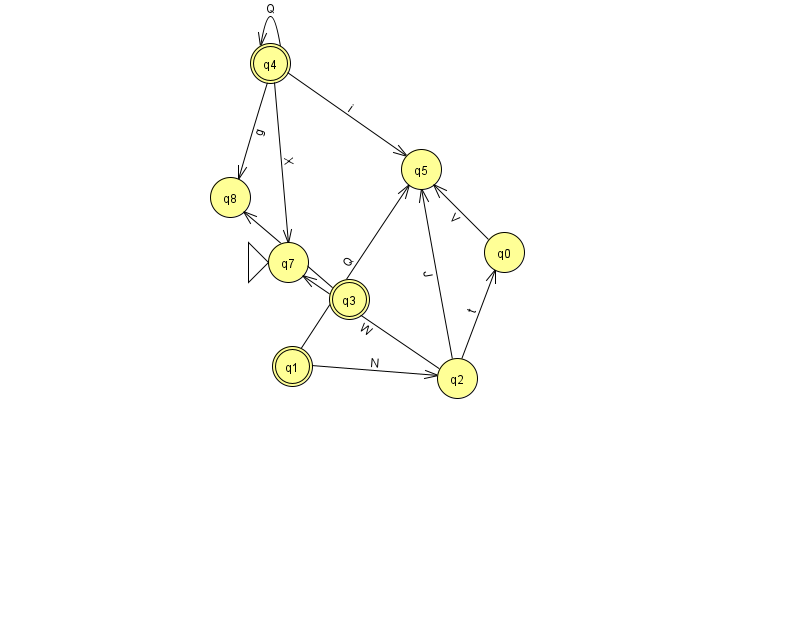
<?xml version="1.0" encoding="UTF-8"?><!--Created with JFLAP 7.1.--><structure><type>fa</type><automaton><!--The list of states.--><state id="0" name="q0"><x>504.0</x><y>239.0</y></state><state id="1" name="q1"><x>292.0</x><y>353.0</y><final/></state><state id="2" name="q2"><x>457.0</x><y>365.0</y></state><state id="3" name="q3"><x>349.0</x><y>286.0</y><final/></state><state id="4" name="q4"><x>270.0</x><y>50.0</y><final/></state><state id="5" name="q5"><x>421.0</x><y>156.0</y></state><state id="7" name="q7"><x>288.0</x><y>249.0</y><initial/></state><state id="8" name="q8"><x>230.0</x><y>184.0</y></state><!--The list of transitions.--><transition><from>1</from><to>2</to><read>N</read></transition><transition><from>4</from><to>4</to><read>Q</read></transition><transition><from>0</from><to>5</to><read>V</read></transition><transition><from>2</from><to>0</to><read>t</read></transition><transition><from>4</from><to>8</to><read>g</read></transition><transition><from>4</from><to>7</to><read>X</read></transition><transition><from>2</from><to>5</to><read>J</read></transition><transition><from>2</from><to>7</to><read>W</read></transition><transition><from>3</from><to>8</to><read>D</read></transition><transition><from>4</from><to>5</to><read>i</read></transition><transition><from>1</from><to>5</to><read>Q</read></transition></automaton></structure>